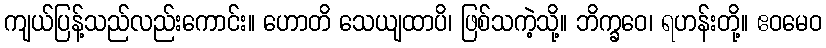
ကျယ်ပြန့်သည်လည်းကောင်း။ ဟောတိ သေယျထာပိ၊ ဖြစ်သကဲ့သို့။ ဘိက္ခဝေ၊ ရဟန်းတို့။ ဧဝမေဝ